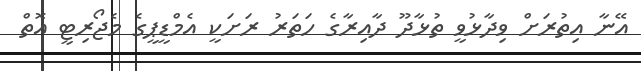
އޭނާ އިތުރަށް ވިދާޅުވީ ތުޅާދޫ ދާއިރާގެ ހަތަރު ރަށަކީ އެމްޑީޕީގެ މެޖޯރިޓީ އޮތް